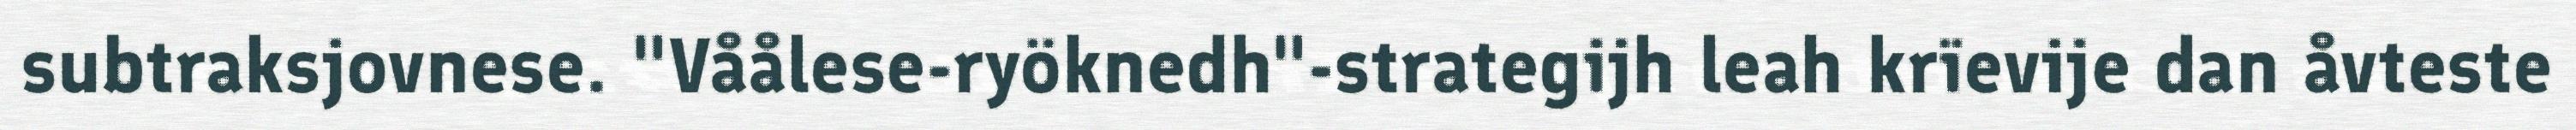
subtraksjovnese. "Våålese-ryöknedh"-strategijh leah krïevije dan åvteste